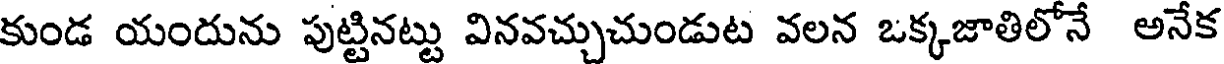
కుండ యందును పుట్టినట్టు వినవచ్చుచుండుట వలన ఒక్కజాతిలోనే అనేక